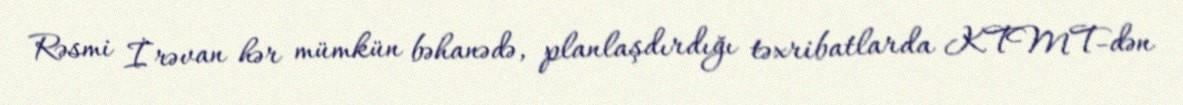
Rəsmi İrəvan hər mümkün bəhanədə, planlaşdırdığı təxribatlarda KTMT-dən